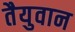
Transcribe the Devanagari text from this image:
तैयुवान